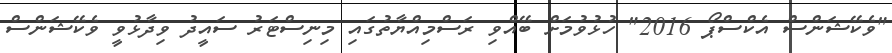
"ވެކޭޝަންސް އެކްސްޕޯ 2016" ހުޅުވުމަށް ބޭއްވި ރަސްމިއްޔާތުގައި މިނިސްޓަރު ސައީދު ވިދާޅުވީ ވެކޭޝަންސް